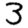
Digit: 3